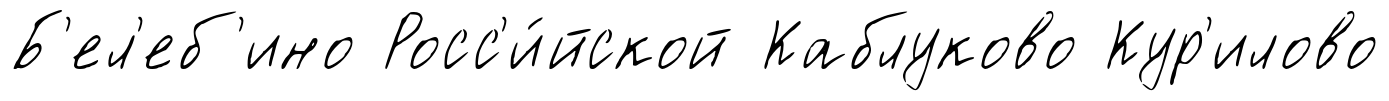
Б'ел'еб'ино Росс'и́йской Каблуково Кур'илово